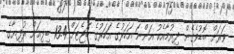
ވަރަށް ބޮޑުވެގެން ދިޔުމާއެކު އަންނަ އަހަރުގެ އަހަރުގެ ބަޖެޓަށް 13.4 ބިލިއަން ރުފިޔާގެ